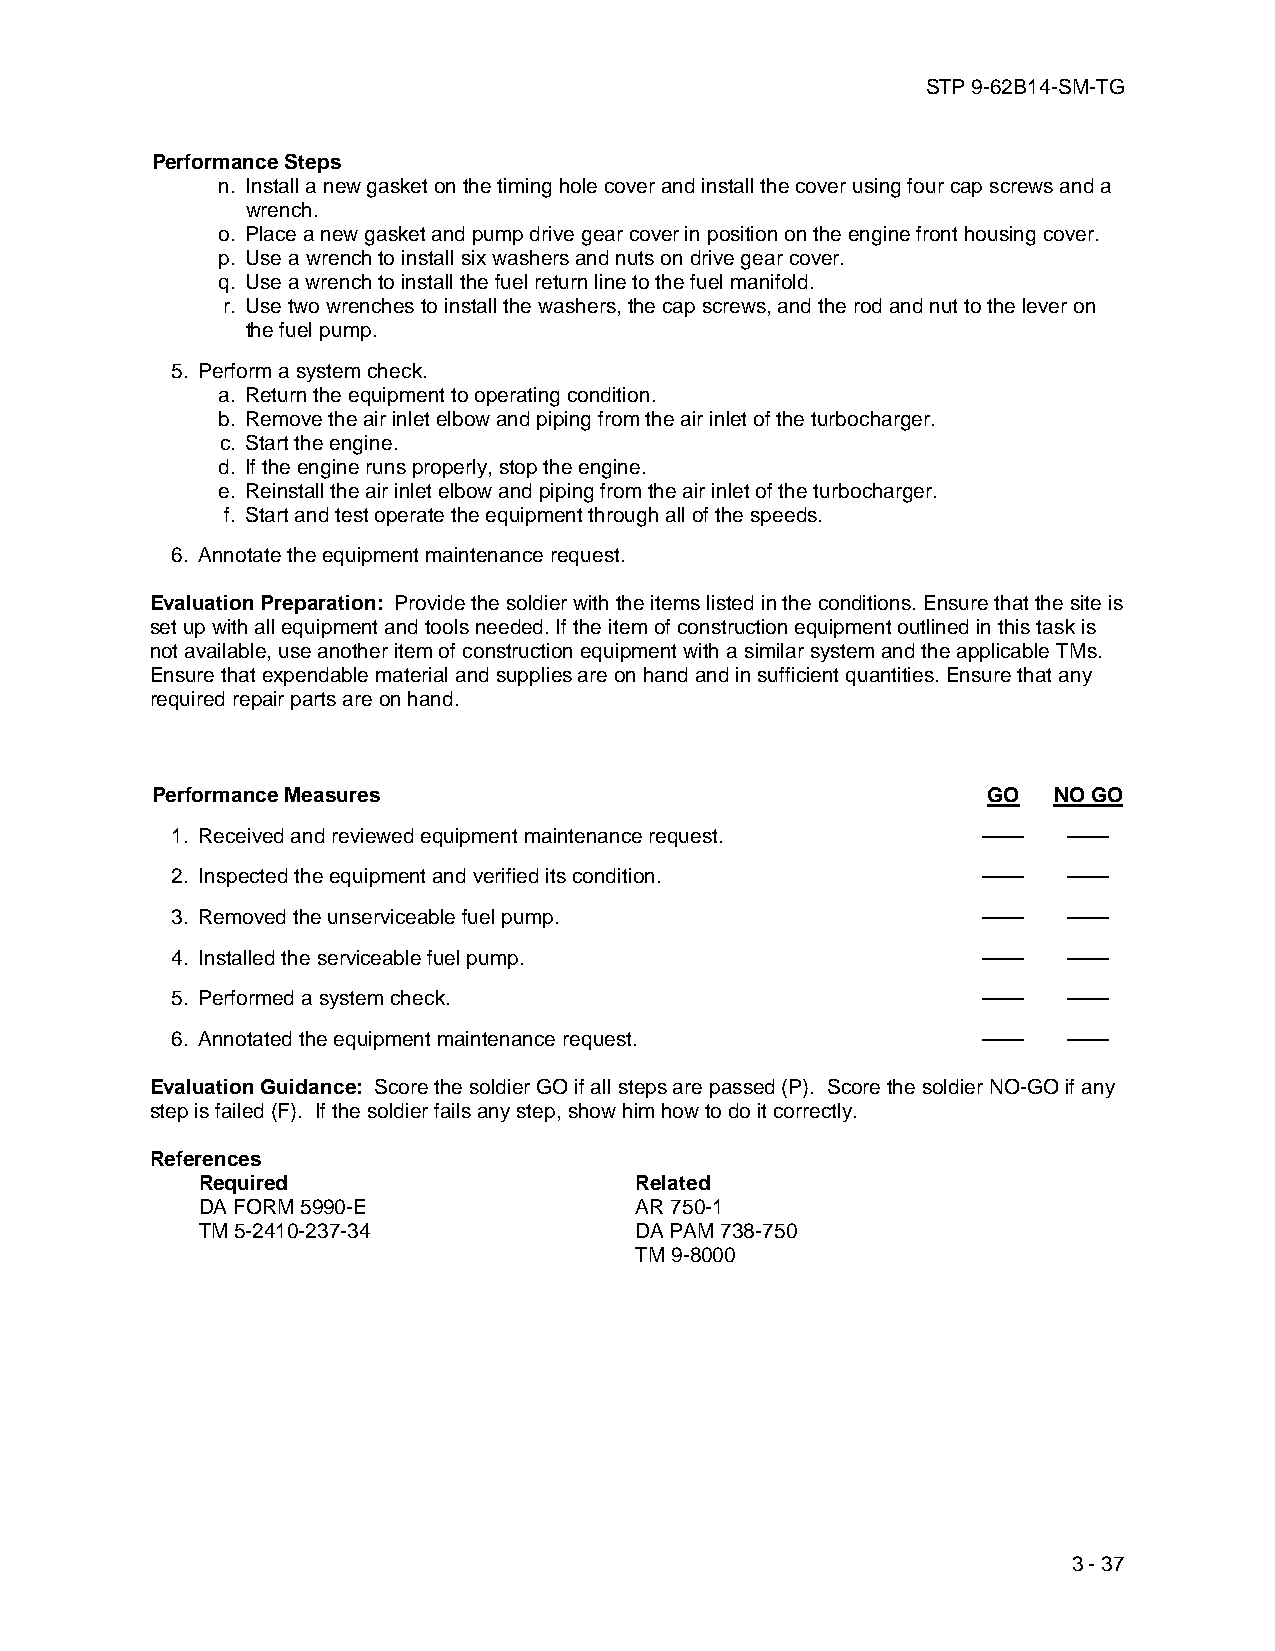
STP 9-62B14-SM-TG
 Performance Steps
 n. Install a new gasket on the timing hole cover and install the cover using four cap screws and a
 wrench.
 o. Place a new gasket and pump drive gear cover in position on the engine front housing cover.
 p. Use a wrench to install six washers and nuts on drive gear cover.
 q. Use a wrench to install the fuel return line to the fuel manifold.
 r. Use two wrenches to install the washers, the cap screws, and the rod and nut to the lever on
 the fuel pump.
 5. Perform a system check.
 a. Return the equipment to operating condition.
 b. Remove the air inlet elbow and piping from the air inlet of the turbocharger.
 c. Start the engine.
 d. If the engine runs properly, stop the engine.
 e. Reinstall the air inlet elbow and piping from the air inlet of the turbocharger.
 f. Start and test operate the equipment through all of the speeds.
 6. Annotate the equipment maintenance request.
 Evaluation Preparation: Provide the soldier with the items listed in the conditions. Ensure that the site is
 set up with all equipment and tools needed. If the item of construction equipment outlined in this task is
 not available, use another item of construction equipment with a similar system and the applicable TMs.
 Ensure that expendable material and supplies are on hand and in sufficient quantities. Ensure that any
 required repair parts are on hand.
 Performance Measures                                   GO   NO GO
 1. Received and reviewed equipment maintenance request. ——  ——
 2. Inspected the equipment and verified its condition. ——   ——
 3. Removed the unserviceable fuel pump.               ——    ——
 4. Installed the serviceable fuel pump.               ——    ——
 5. Performed a system check.                          ——    ——
 6. Annotated the equipment maintenance request.       ——    ——
 Evaluation Guidance: Score the soldier GO if all steps are passed (P). Score the soldier NO-GO if any
 step is failed (F). If the soldier fails any step, show him how to do it correctly.
 References
 Required                     Related
 DA FORM 5990-E               AR 750-1
 TM 5-2410-237-34             DA PAM 738-750
 TM 9-8000
 3 - 37